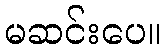
မဆင်းပေ။